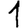
Digit: 1